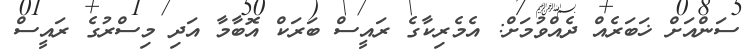
ސަންއަށް ޚަބަރެއް ދެއްވުމަށް: އެމެރިކާގެ ރައީސް ބަރަކް އޮބާމާ އަދި މިސްރުގެ ރައީސް